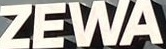
ZEWA